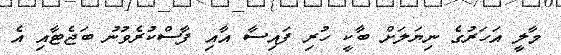
މާލީ އަހަރުގެ ނިޔަލަށް ބާކީ ހުރި ފައިސާ އާއި ފާސްކުރެވުނު ބަޖެޓާއި އެ